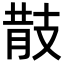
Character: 𢻎